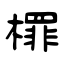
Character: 檌